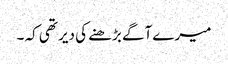
میرے آگے بڑھنے کی دیر تھی کہ ۔